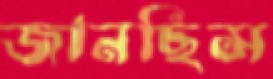
জানছিস